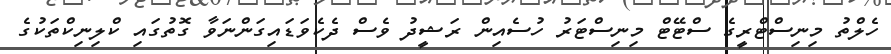
ހެލްތު މިނިސްޓްރީގެ ސްޓޭޓް މިނިސްޓަރު ހުސެއިން ރަޝީދު ވެސް ދެކެވަޑައިގަންނަވާ ގޮތުގައި ކްލިނިކްތަކުގެ